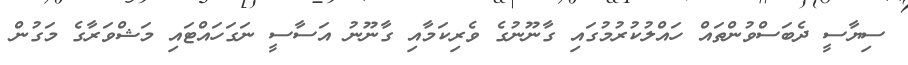
ސިޔާސީ ދެބަސްވުންތައް ހައްލުކުރުމުގައި ގާނޫނުގެ ވެރިކަމާއި ގާނޫނު އަސާސީ ނަގަހައްޓައި މަޝްވަރާގެ މަގުން